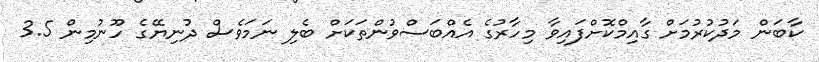
ކާބަން މަދުކުރުމަށް ގާއިމްކޮށްފައިވާ މިހާރުގެ އެއްބަސްވުންތަކަށް ބެލި ނަމަވެސް ދުނިޔޭގެ ހޫނުމިން 3.5